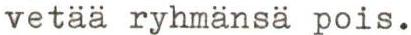
vetää ryhmänsä pois.